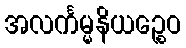
အလင်္ကမ္မနိယဉ္စေဝ